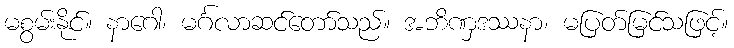
မစွမ်းနိုင်။ နာဂေါ၊ မင်္ဂလာဆင်တော်သည်။ အဘိဏှဒဿနာ၊ မပြတ်မြင်သဖြင့်။